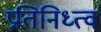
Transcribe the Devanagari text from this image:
प्रतिनिध्त्व